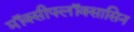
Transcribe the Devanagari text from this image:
मॉक्सीफ्लॉक्सासिन